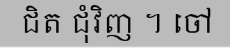
ជិត ជុំវិញ ។ ចៅ